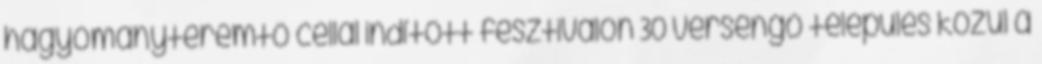
hagyományteremtő céllal indított fesztiválon 30 versengő település közül a